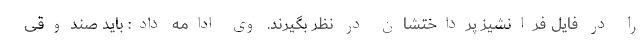
را در فایل فرانشیز پرداختشان در نظر بگیرند. وی ادامه داد: باید صندوقی